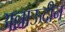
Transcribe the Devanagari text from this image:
अल्लाऊदीन